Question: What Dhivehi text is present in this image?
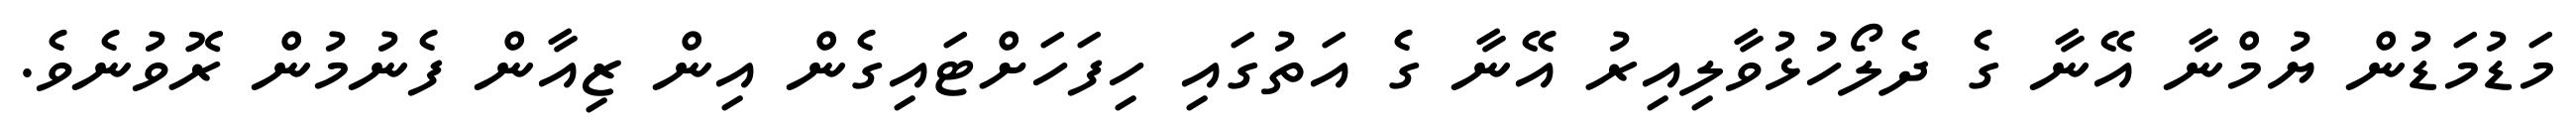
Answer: މަޑުމަޑުން ޔުމްނާ އޭނާ ގެ ދެލޯހުޅުވާލިއިރު އޭނާ ގެ އަތުގައި ހިފަހަށްޓައިގެން އިން ޒިއާން ފެނުމުން ރޮވުނެވެ.